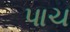
પાચ